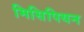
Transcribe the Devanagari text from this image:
मिसिपियन